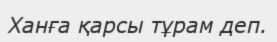
Ханға қарсы тұрам деп.